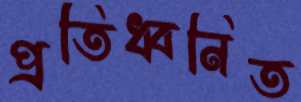
প্রতিধ্বনিত